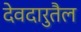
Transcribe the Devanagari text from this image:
देवदारुतैल